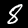
Label: 8